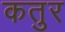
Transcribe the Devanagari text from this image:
कतुर